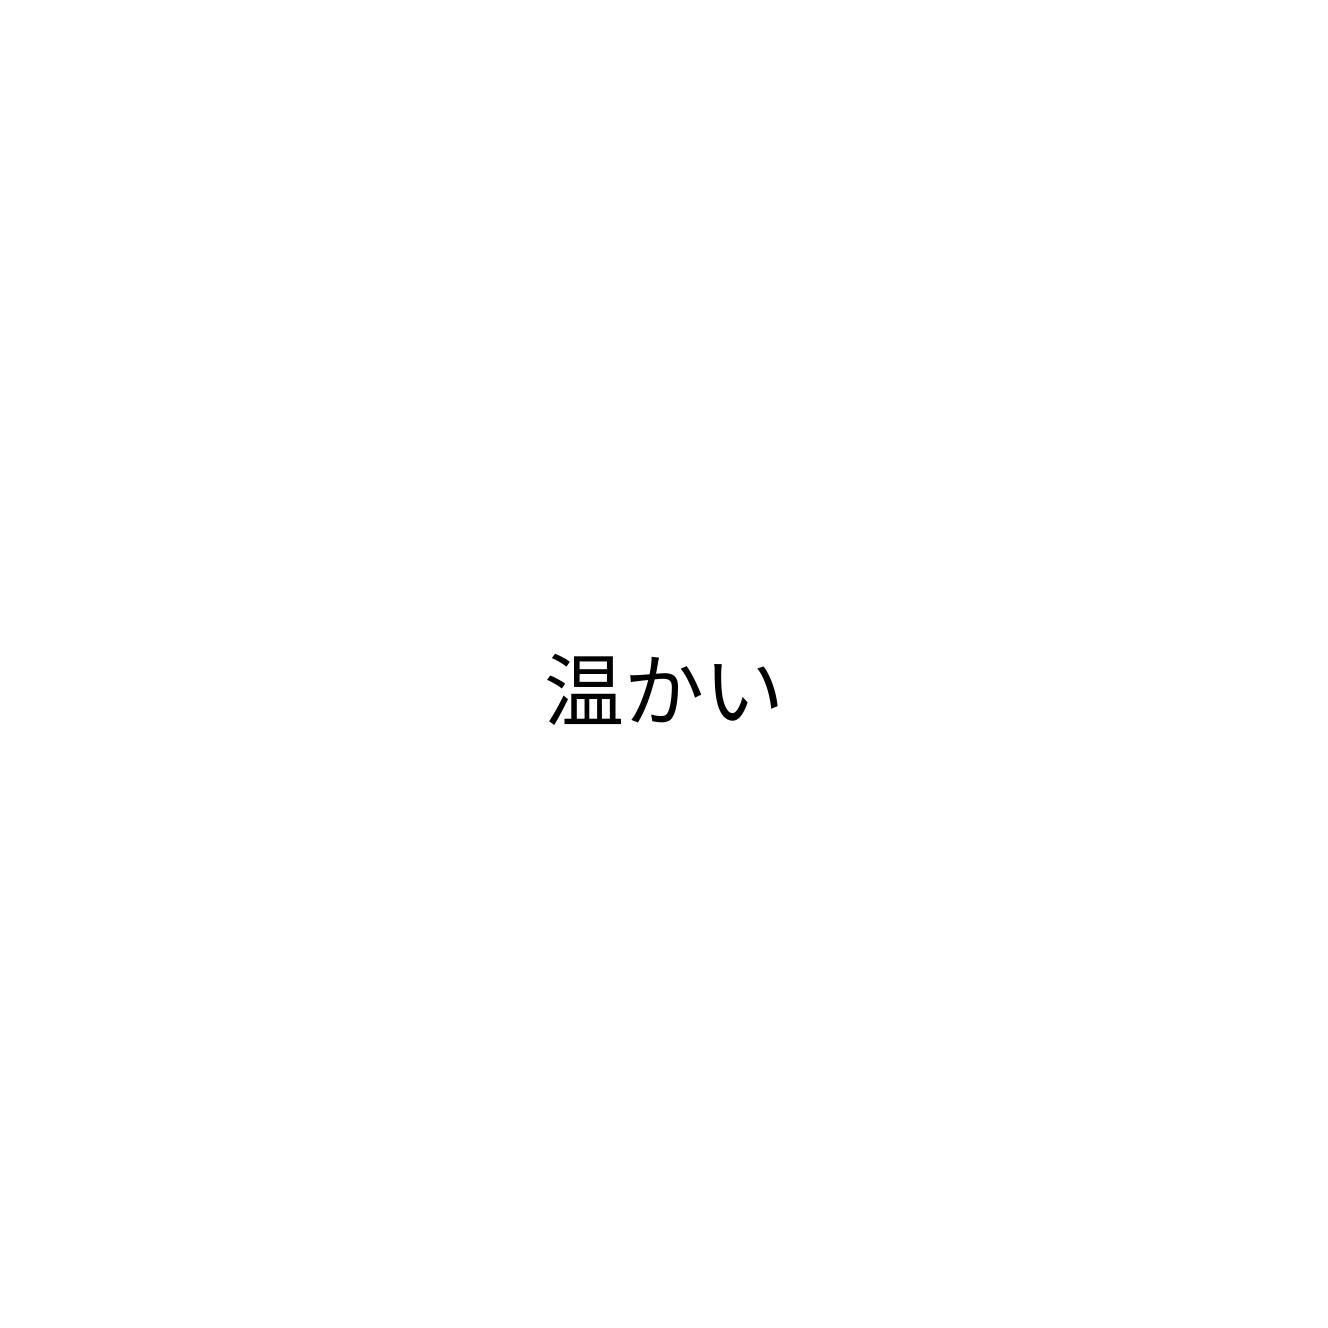
温かい